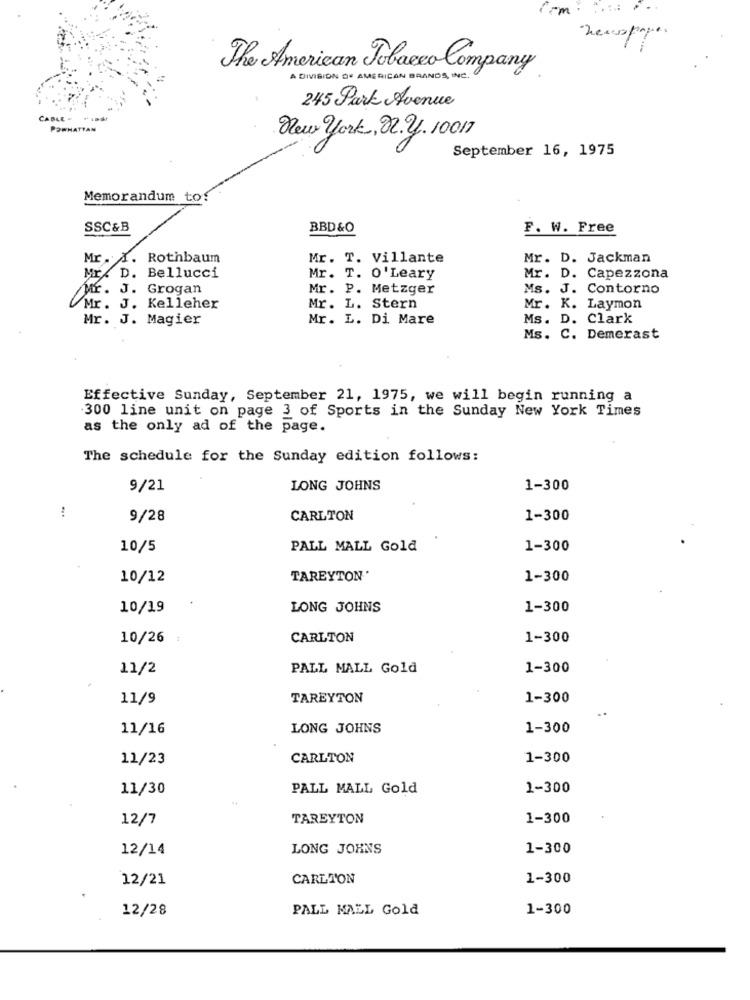
newspaper
The American Tobacco Company
A DIVISION DU AMERICAN BRANDS , INC.
245 Park Avenue
CABLE -
POWHATTAN
New york, 22.2. 10017
September 16, 1975
Memorandum to
SSC&B
BBD&O
F. W. Free
Mr. A. Rothbaum
Mr. T. Villante
Mr. D. Jackman
Mr. D. Bellucci
Mr. T. O'Leary
Mr. D. Capezzona
Mr. J. Grogan
Mr. P. Metzger
Ms. J. Contorno
Mr. J. Kelleher
Mr. L. Stern
Mr. K. Laymon
Mr. J. Magier
Mr. L. Di Mare
Ms. D. Clark
Ms. C. Demerast
Effective Sunday, September 21, 1975, we will begin running a
300 line unit on page 3 of Sports in the Sunday New York Times
as the only ad of the page.
The schedule for the Sunday edition follows:
9/21
LONG JOHNS
1-300
!
9/28
CARLTON
1-300
10/5
PALL MALL Gold
1-300
10/12
TAREYTON '
1-300
10/19
LONG JOHNS
1-300
10/26
CARLTON
1-300
11/2
PALL MALL Gold
1-300
11/9
TAREYTON
1-300
11/16
LONG JOHNS
1-300
11/23
CARLTON
1-300
11/30
PALL MALL Gold
1-300
12/7
TAREYTON
1-300
12/14
LONG JOHNS
1-300
12/21
CARLTON
1-300
12/28
PALL MALL Gold
1-300